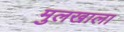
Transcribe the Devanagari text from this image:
मुलखाला